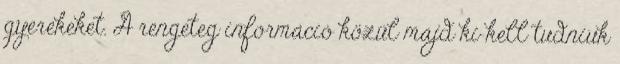
gyerekeket. A rengeteg információ közül majd ki kell tudniuk